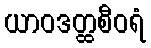
ယာဝဒတ္ထစီဝရံ